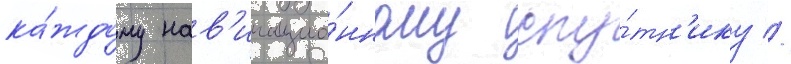
ка́ждому нав'игацио́нному спу́тн'ику //